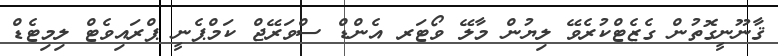
ޤާނޫނީގޮތުން ގެޒެޓްކުރެވޭ ލިޔުން މާލޭ ވޯޓަރ އެންޑް ސްވަރޭޖް ކަމްޕެނީ ޕްރައިވެޓް ލިމިޓެޑް